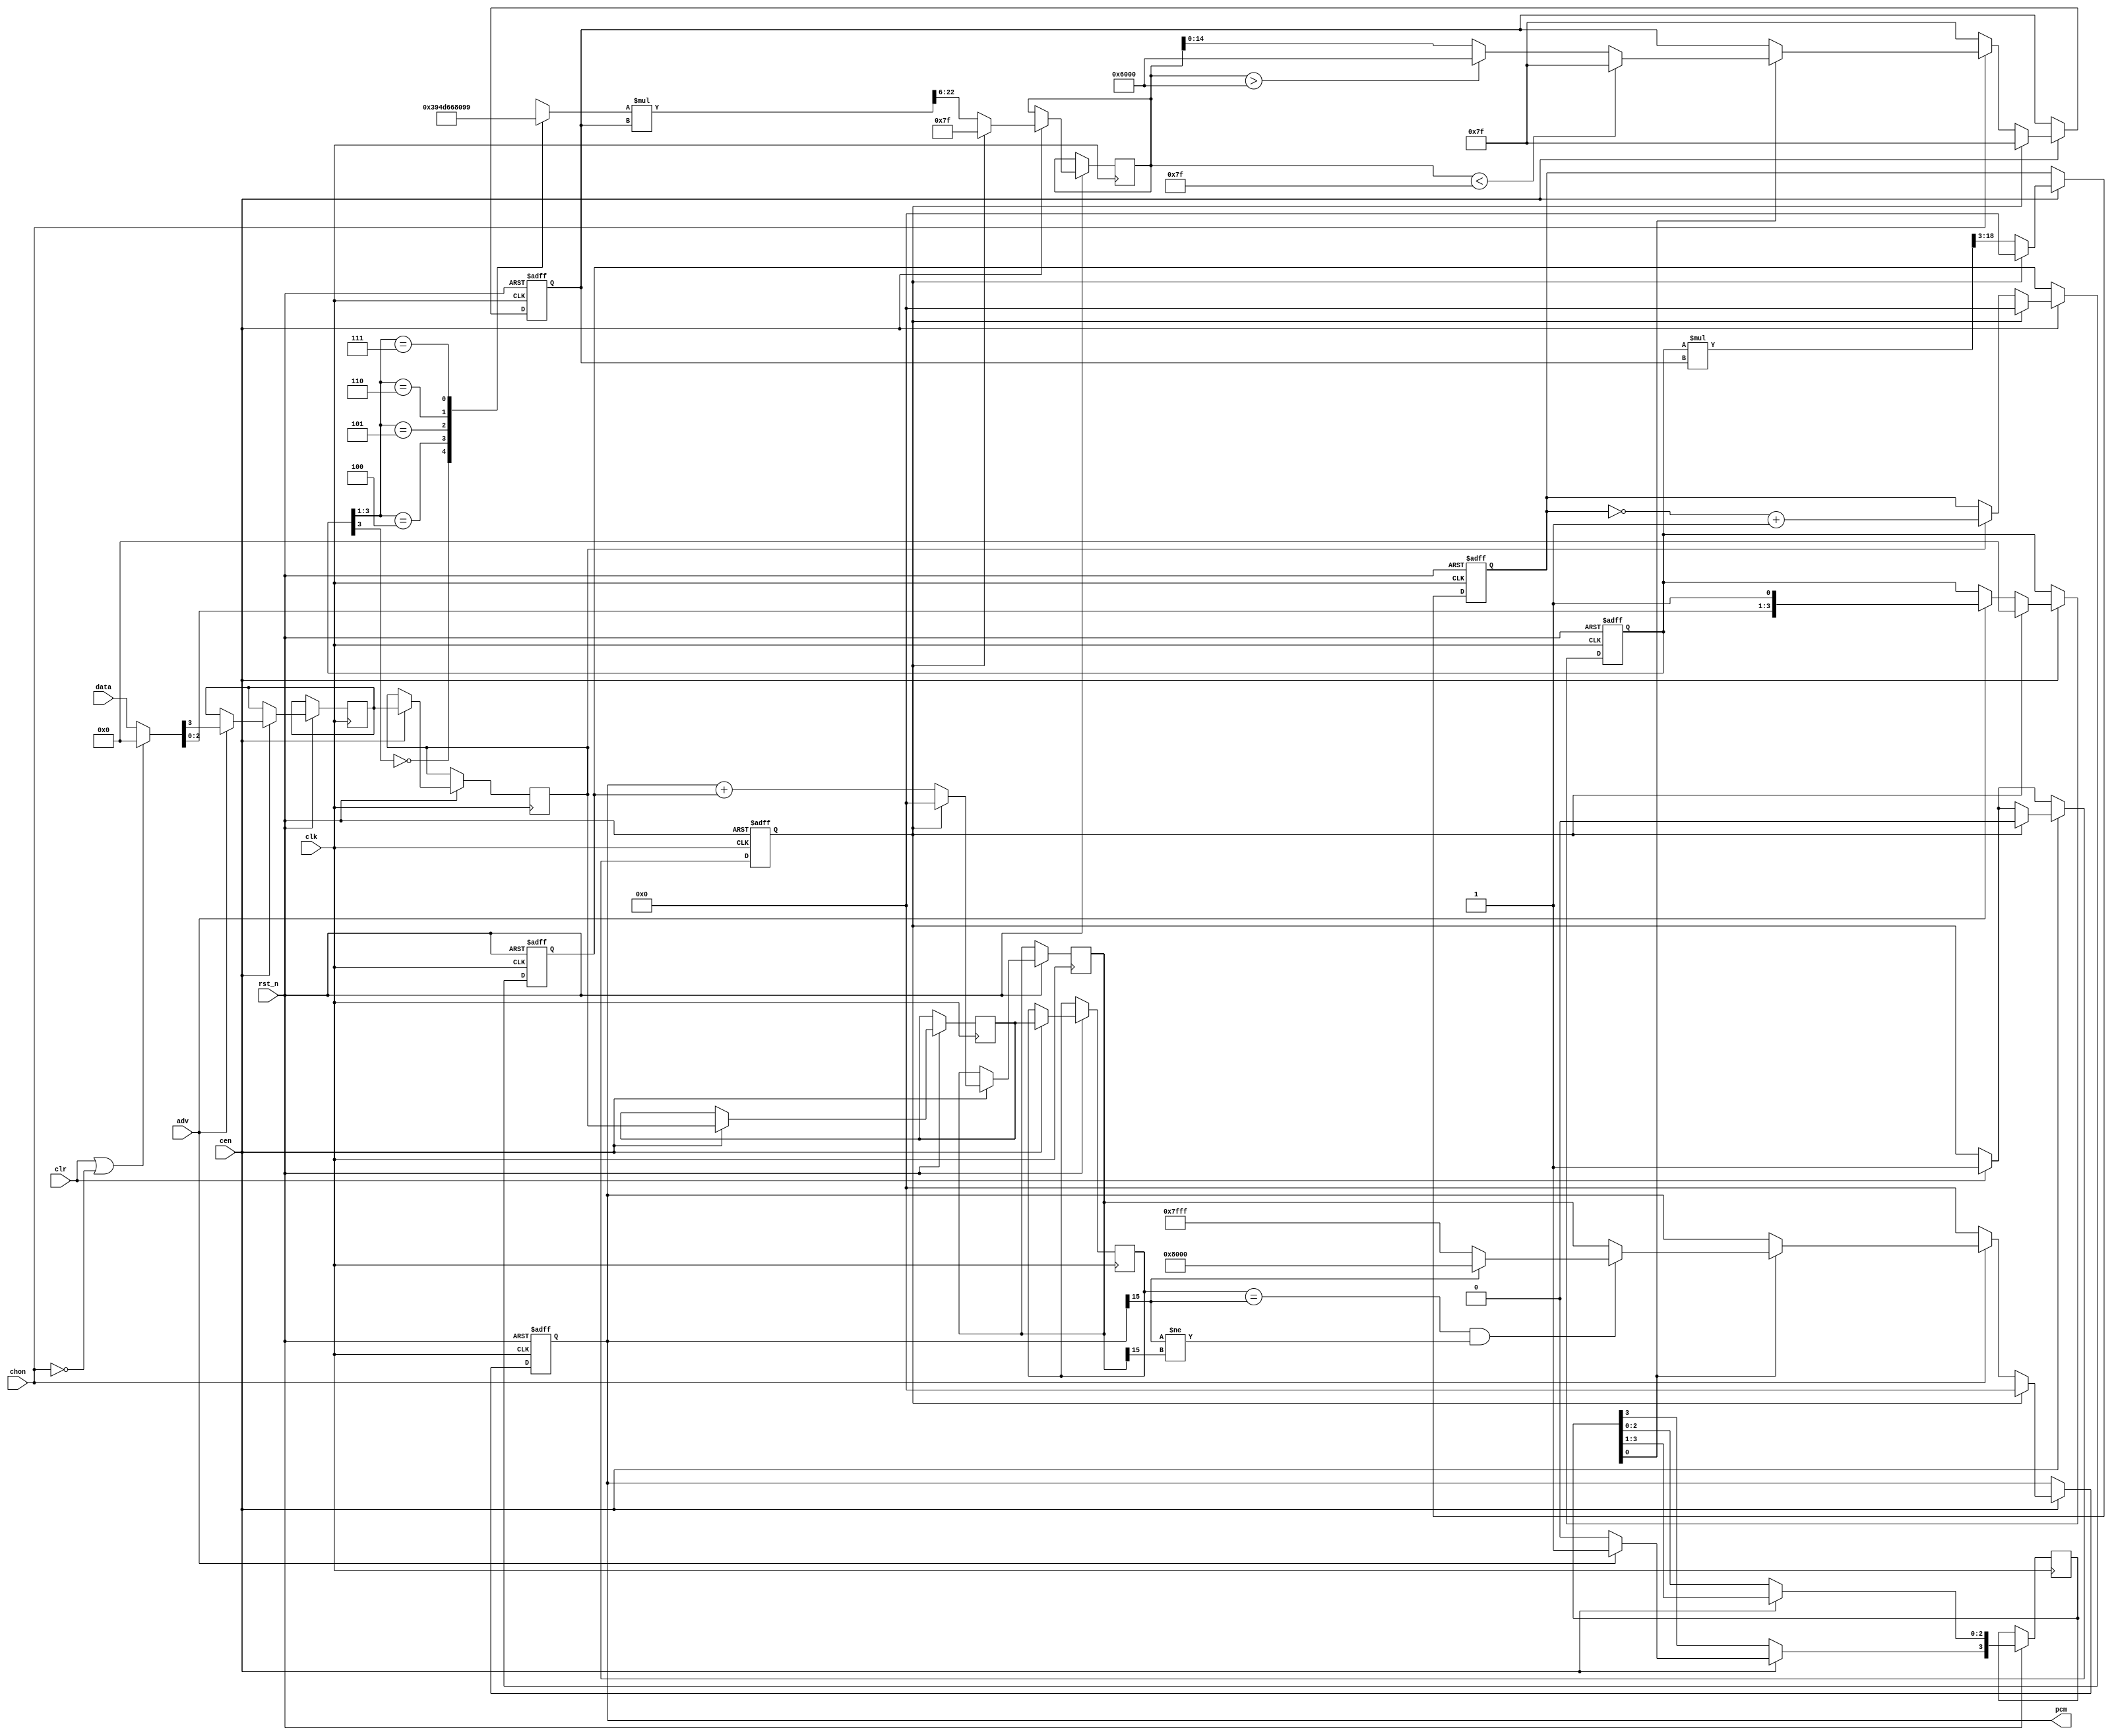
module jt10_adpcmb(
    input           rst_n,
    input           clk,        // CPU clock
    input           cen,        // optional clock enable, if not needed leave as 1'b1
    input   [3:0]   data,
    input           chon,       // high if this channel is on
    input           adv,
    input           clr,
    output signed [15:0] pcm
);

localparam stepw = 15, xw=16;

reg signed [xw-1:0] x1, next_x5;
reg [stepw-1:0] step1;
reg [stepw+1:0] next_step3;
assign pcm = x1[xw-1:xw-16];

wire [xw-1:0] limpos = {1'b0, {xw-1{1'b1}}};
wire [xw-1:0] limneg = {1'b1, {xw-1{1'b0}}};

reg  [18:0] d2l;
reg  [xw-1:0] d3,d4;
reg  [3:0]  d2;
reg  [7:0]  step_val;
reg  [22:0] step2l;

always @(*) begin
    casez( d2[3:1] )
        3'b0_??: step_val = 8'd57;
        3'b1_00: step_val = 8'd77;
        3'b1_01: step_val = 8'd102;
        3'b1_10: step_val = 8'd128;
        3'b1_11: step_val = 8'd153;
    endcase
    d2l    = d2 * step1; // 4 + 15 = 19 bits -> div by 8 -> 16 bits
    step2l = step_val * step1; // 15 bits + 8 bits = 23 bits -> div 64 -> 17 bits
end

// Original pipeline: 6 stages, 6 channels take 36 clock cycles
// 8 MHz -> /12 divider -> 666 kHz
// 666 kHz -> 18.5 kHz = 55.5/3 kHz

reg [3:0] data2;
reg sign_data2, sign_data3, sign_data4, sign_data5;

reg [3:0] adv2;
reg need_clr;

wire [3:0] data_use = clr || ~chon ? 4'd0 : data;

always @( posedge clk or negedge rst_n )
    if( ! rst_n ) begin
        x1 <= 'd0; step1 <= 'd127;
        d2 <= 'd0; d3 <= 'd0; d4 <= 'd0;
		  need_clr <= 0;
    end else begin
    if( clr )
		  need_clr <= 1'd1;
	 if(cen) begin
        adv2 <= {1'b0,adv2[3:1]};
        // I
		  if( adv ) begin
            d2        <= {data_use[2:0],1'b1};
            sign_data2 <= data_use[3];
            adv2[3] <= 1'b1;
        end
        // II multiply and obtain the offset
        d3        <= { {xw-16{1'b0}}, d2l[18:3] }; // xw bits
        next_step3<= step2l[22:6];
		  sign_data3<=sign_data2;
        // III 2's complement of d3 if necessary
        d4        <= sign_data3 ? ~d3+1'd1 : d3;
		  sign_data4<=sign_data3;
        // IV   Advance the waveform
        next_x5   <= x1+d4;
		  sign_data5<=sign_data4;
        // V: limit or reset outputs
        if( chon ) begin // update values if needed
            if( adv2[0] ) begin
                    if( sign_data5 == x1[xw-1] && (x1[xw-1]!=next_x5[xw-1]) )
                        x1 <= x1[xw-1] ? limneg : limpos;
                    else
                        x1 <= next_x5;

                    if( next_step3 < 127 )
                        step1  <= 15'd127;
                    else if( next_step3 > 24576 )
                        step1  <= 15'd24576;
                    else
                        step1 <= next_step3[14:0];
                end
        end else begin
            x1      <= 'd0;
            step1   <= 'd127;
        end
		  if( need_clr ) begin
            x1      <= 'd0;
            step1   <= 'd127;
            next_step3   <= 'd127;
				d2 <= 'd0; d3 <= 'd0; d4 <= 'd0;
				next_x5 <= 'd0;
				need_clr <= 1'd0;
        end
    end
	 end

endmodule